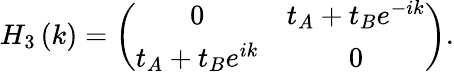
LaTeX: H_{3}\left(k\right)=\left(\begin{array}{cc}{0}&{t_{A}+t_{B}e^{-ik}}\\ {t_{A}+t_{B}e^{ik}}&{0}\end{array}\right).